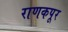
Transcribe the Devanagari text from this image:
राणकपूर